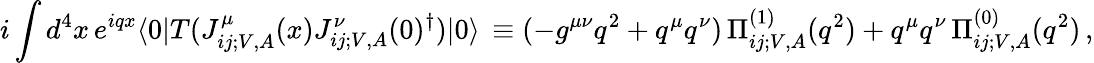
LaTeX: i\int d^{4}x\, e^{iqx}\langle 0|T(J_{ij;V,A}^{\mu}(x)J_{ij;V,A}^{\nu}(0)^{\dagger})|0\rangle\, \equiv(-g^{\mu\nu}q^{2}+q^{\mu}q^{\nu})\, \Pi_{ij;V,A}^{(1)}(q^{2})+q^{\mu}q^{\nu}\, \Pi_{ij;V,A}^{(0)}(q^{2})\, ,